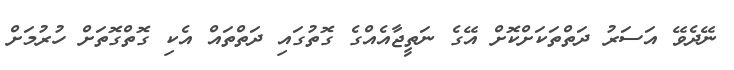
ނޭދެވޭ އަސަރު ދަތްތަކަށްކޮށް އޭގެ ނަތީޖާއެއްގެ ގޮތުގައި ދަތްތައް އެކި ގޮތްގޮތަށް ހުރުމަށް